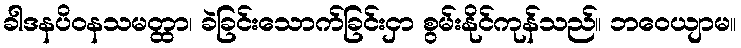
ခါဒနပိဝနသမတ္ထာ၊ ခဲခြင်းသောက်ခြင်းငှာ စွမ်းနိုင်ကုန်သည်။ ဘဝေယျာမ။